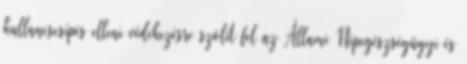
kullancscsípés elleni védekezésre szólít fel az Állami Népegészségügyi és